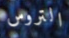
التروس